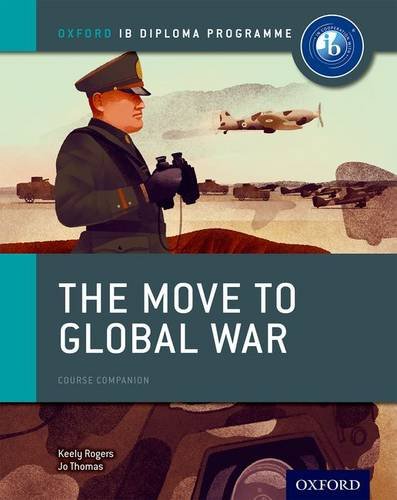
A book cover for The Move to Global War: IB History Course Book: Oxford IB Diploma Program; Joanna Thomas; Teen & Young Adult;